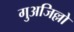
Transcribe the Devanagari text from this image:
गुअजिल्लो